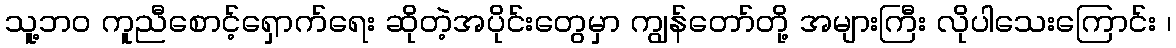
သူ့ဘ၀ ကူညီစောင့်ရှောက်ရေး ဆိုတဲ့အပိုင်းတွေမှာ ကျွန်တော်တို့ အများကြီး လိုပါသေးကြောင်း ၊